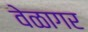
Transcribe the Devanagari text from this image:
वेळागर